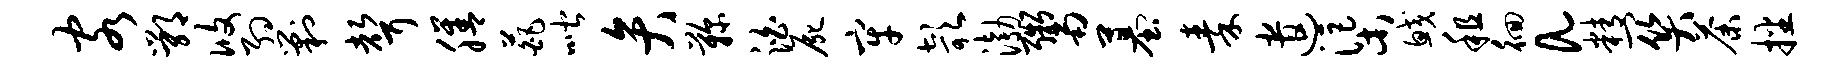
客鄂攸约剿声膳葩喈弁鞠泊尸牢欹渤鬻墓秦遣渠鲛租徊a精关荼播